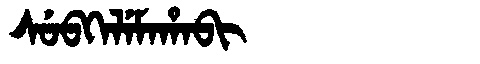
Manchu: ᠰᡠᠪᡴᡝᠯᡝᠮᠠᡥᠠᠪᡳ
Romanization: SUBKELEMAHABI